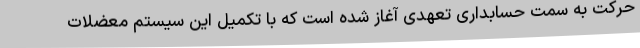
حرکت به سمت حسابداری تعهدی آغاز شده است که با تکمیل این سیستم معضلات